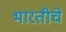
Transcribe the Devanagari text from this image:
भारतीचे